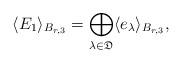
LaTeX: \begin{align*} \langle E_1 \rangle_{B_{r,3}}=\bigoplus_{\lambda\in \mathfrak{D}}\langle e_{\lambda} \rangle_{B_{r,3}}, \end{align*}